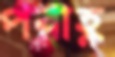
পরাহ্ণ